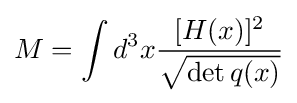
M=\int d^{3}x{[H(x)]^{2} \over {\sqrt {\det q(x)}}}